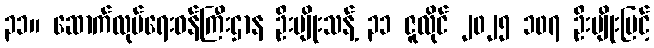
၃၁။ ဆောက်လုပ်ရေးဝန်ကြီးဌာန ဦးမျိုးသန့် ၃၁ ဇူလိုင် ၂၀၂၅ ၁၀၇ ဦးမျိုးမြင့်